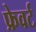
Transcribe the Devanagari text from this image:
फ्रेवर्ट